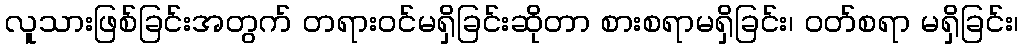
လူသားဖြစ်ခြင်းအတွက် တရားဝင်မရှိခြင်းဆိုတာ စားစရာမရှိခြင်း၊ ဝတ်စရာ မရှိခြင်း၊